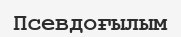
Псевдоғылым